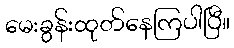
မေးခွန်းထုတ်နေကြပါပြီ။